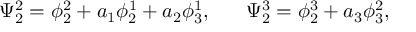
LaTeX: \Psi _ { 2 } ^ { 2 } = \phi _ { 2 } ^ { 2 } + a _ { 1 } \phi _ { 2 } ^ { 1 } + a _ { 2 } \phi _ { 3 } ^ { 1 } , ~ ~ ~ ~ ~ \Psi _ { 2 } ^ { 3 } = \phi _ { 2 } ^ { 3 } + a _ { 3 } \phi _ { 3 } ^ { 2 } ,